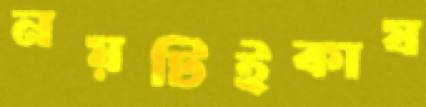
নয়টিইকাষ